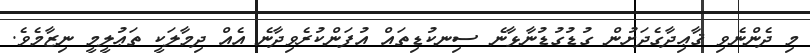
މި ދެންނެވި ޤާޢިދާގެދަށުން ގުޑުގުޑުނާޅާނެ ސިނކުޑިތައް އުފަންކުރެވިދާނެ އެއް ދިމާލަކީ ތަޢުލީމީ ނިޒާމެވެ.